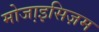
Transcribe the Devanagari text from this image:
मोजा़इसिज़म